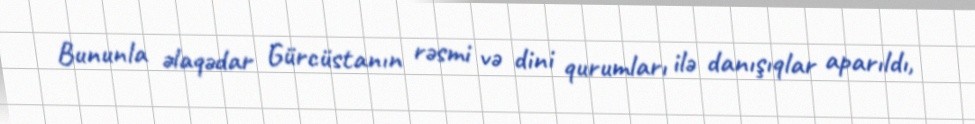
Bununla əlaqədar Gürcüstanın rəsmi və dini qurumları ilə danışıqlar aparıldı,